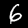
Label: 6